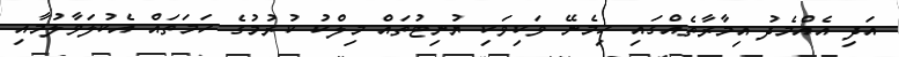
އަދި އެއްމެދު އިމާރާތެއްގައި ހިމެނޭ ވަކިވަކި ޔުނިޓުތައް މިލްކު ކުރުމުގެ ހަމަތައް އެކުލަވާލުމާއި